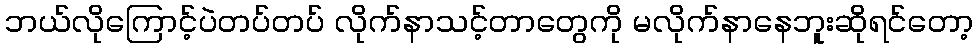
ဘယ်လိုကြောင့်ပဲတပ်တပ် လိုက်နာသင့်တာတွေကို မလိုက်နာနေဘူးဆိုရင်တော့